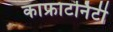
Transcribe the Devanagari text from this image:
काफ्राटर्निटी